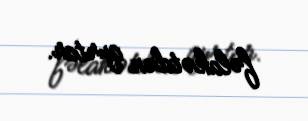
fəlakətdən qurtar.